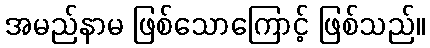
အမည်နာမ ဖြစ်သောကြောင့် ဖြစ်သည်။